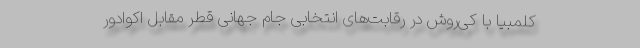
کلمبیا با کی‌‌روش در رقابت‌های انتخابی جام جهانی قطر مقابل اکوادور